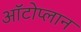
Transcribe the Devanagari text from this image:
ऑटोप्लान